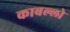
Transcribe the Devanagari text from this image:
काबल्लो